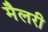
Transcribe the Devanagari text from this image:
मैलरी